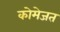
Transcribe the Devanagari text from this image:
कोमेजत